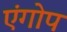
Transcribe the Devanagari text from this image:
एंगोप